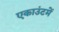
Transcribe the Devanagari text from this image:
एकाउंटमें